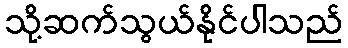
သို့ဆက်သွယ်နိုင်ပါသည်